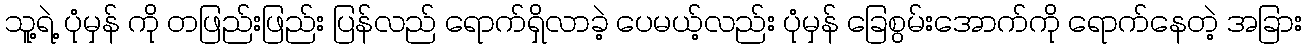
သူ့ရဲ့ ပုံမှန် ကို တဖြည်းဖြည်း ပြန်လည် ရောက်ရှိလာခဲ့ ပေမယ့်လည်း ပုံမှန် ခြေစွမ်းအောက်ကို ရောက်နေတဲ့ အခြား